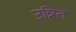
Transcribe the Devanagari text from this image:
उन्नित